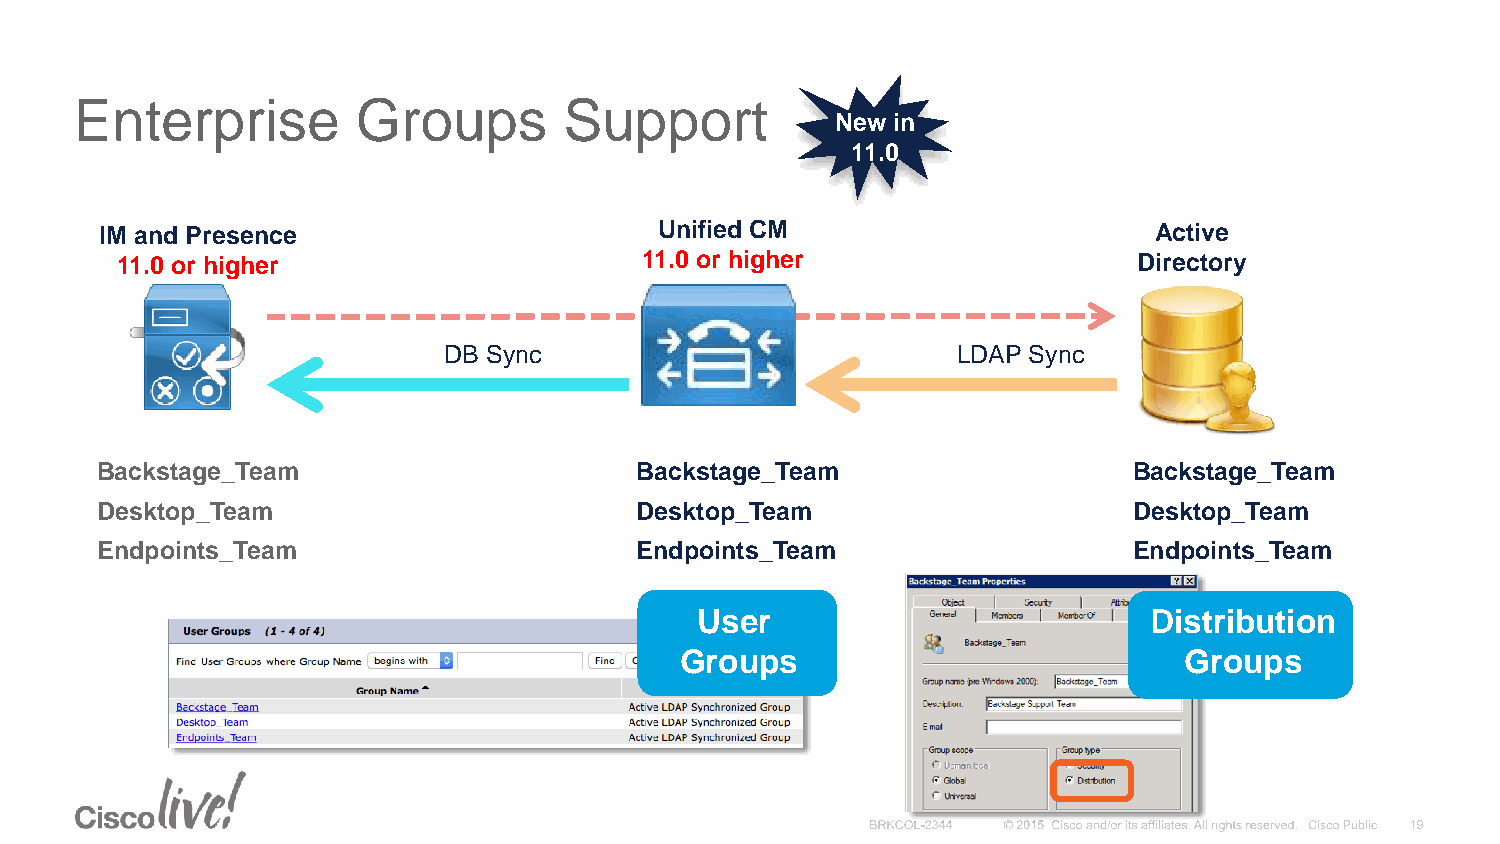
Enterprise         Groups       Support
 New in
 11.0
 IM and Presence                      Unified CM                      Active
 11.0 or higher                    11.0 or higher                   Directory
 DB Sync                           LDAP Sync
 Backstage_Team                      Backstage_Team                   Backstage_Team
 Desktop_Team                        Desktop_Team                     Desktop_Team
 Endpoints_Team                      Endpoints_Team                   Endpoints_Team
 User                          Distribution
 Groups                           Groups